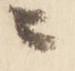
ニ